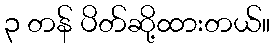
၃ တန် ပိတ်ဆို့ထားတယ်။